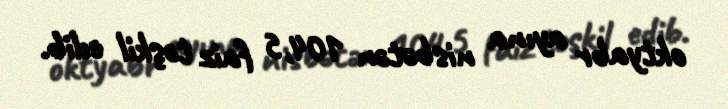
oktyabr ayına nisbətən 104,5 faiz təşkil edib.